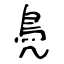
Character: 鳧